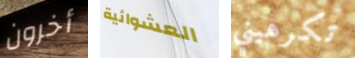
أخرون العشوائية تكرهيني